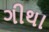
ગીથા